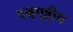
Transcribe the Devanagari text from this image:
पश्चपृष्ठीय